Document type: Sale
Year: 1461
Scribe: [Unknown]
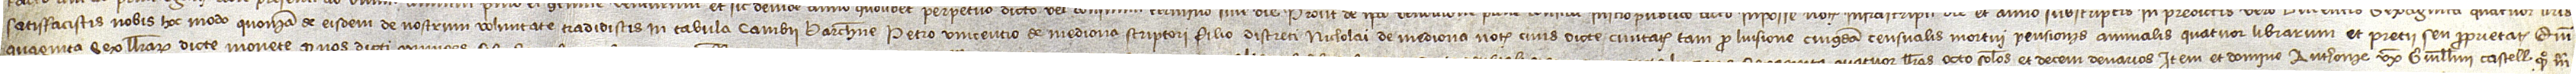
satisfacistis nobis hoc modo, quoniam de eisdem de nostrum voluntate tradidistis in tabula cambii Barchinone Petro Vincentio de Mediona, scriptori, filio discreti Nicholai de Mediona, notarii, civis dicte civitatis, tam pro luisione cuiusdam censualis mortui pensionis annualis quatuor librarum et precii seu proprietatis quin-